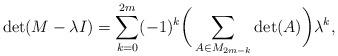
LaTeX: \begin{align*}\operatorname{det}(M-\lambda I)=\sum_{k=0}^{2m}(-1)^k\bigg(\sum_{A\in M_{2m-k}}\operatorname{det}(A)\bigg)\lambda^k,\end{align*}